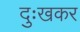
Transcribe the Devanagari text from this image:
दुःखकर